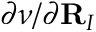
\partial \nu / \partial { \bf R } _ { I }